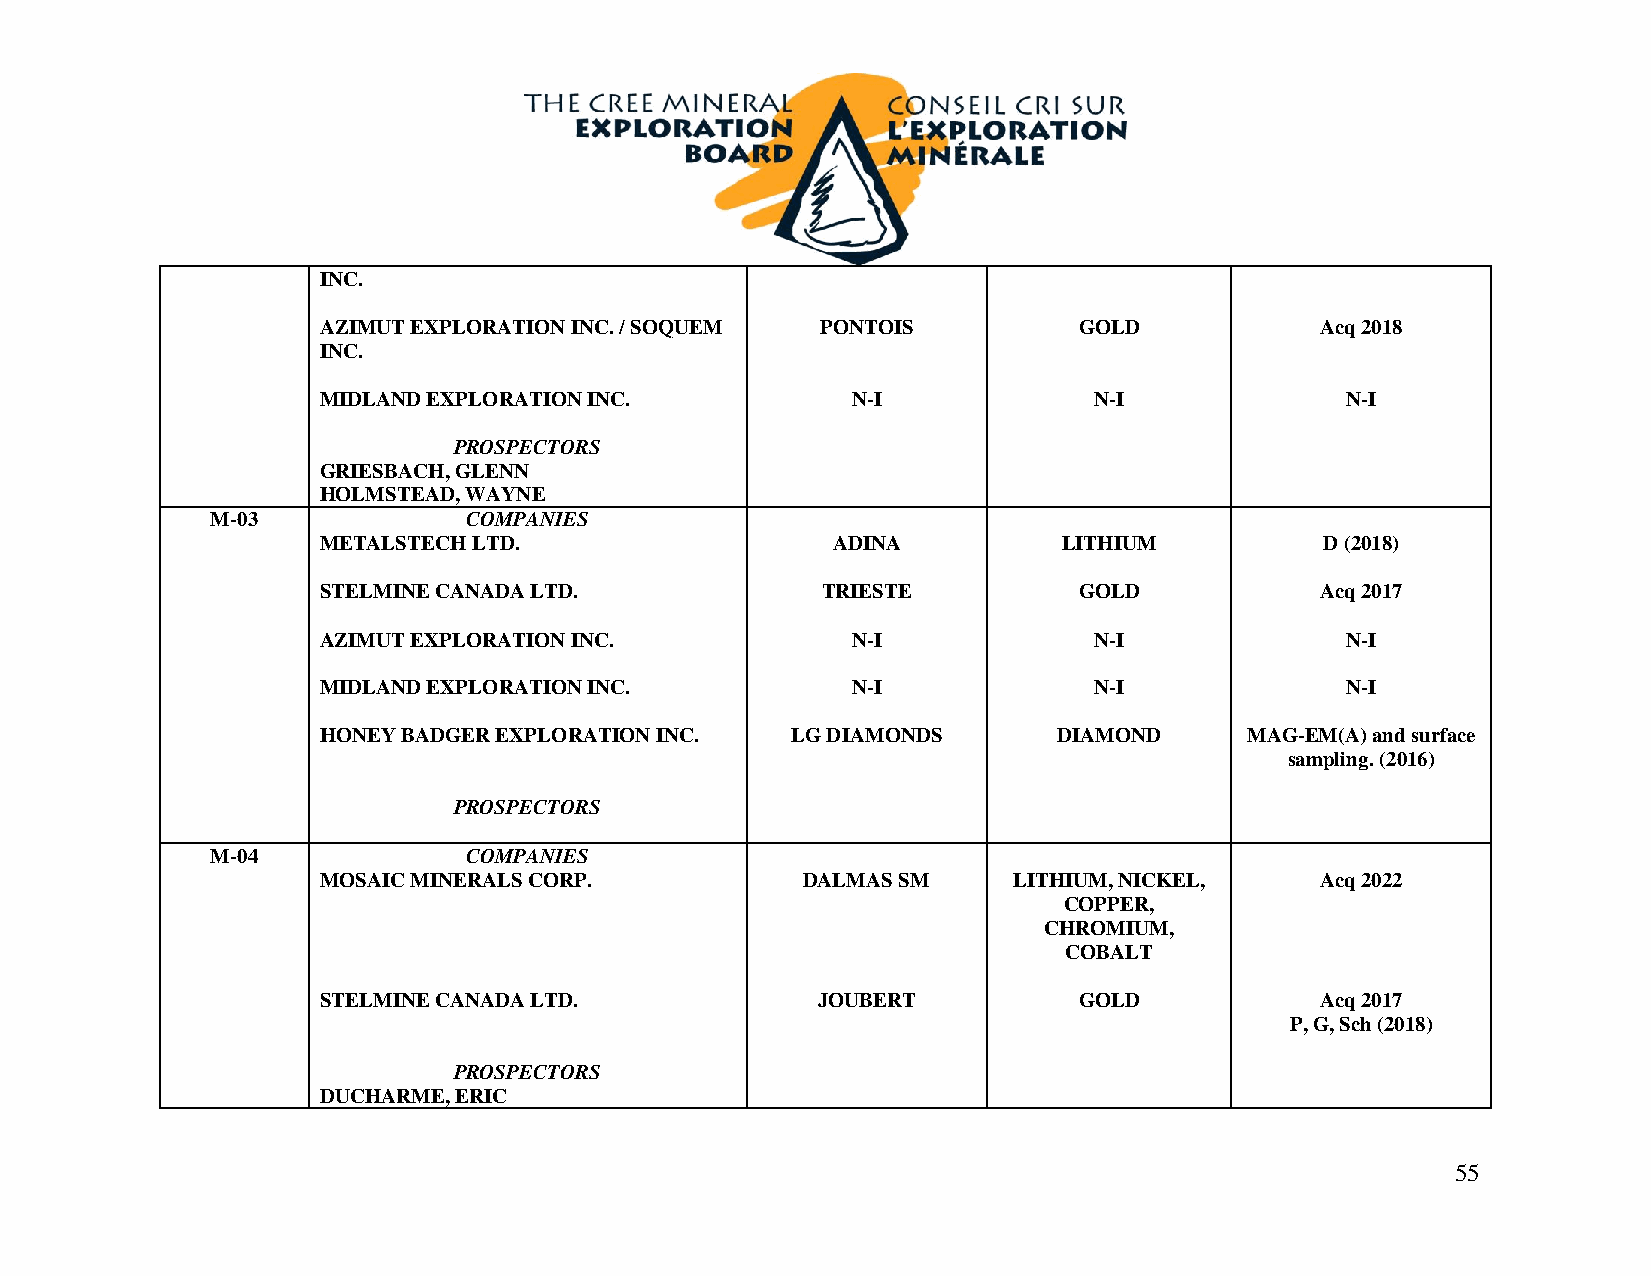
INC.
 AZIMUT EXPLORATION INC. / SOQUEM PONTOIS          GOLD            Acq 2018
 INC.
 MIDLAND EXPLORATION INC.           N-I             N-I              N-I
 PROSPECTORS
 GRIESBACH, GLENN
 HOLMSTEAD, WAYNE
 M-03             COMPANIES
 METALSTECH LTD.                   ADINA          LITHIUM           D (2018)
 STELMINE CANADA LTD.             TRIESTE          GOLD            Acq 2017
 AZIMUT EXPLORATION INC.            N-I             N-I              N-I
 MIDLAND EXPLORATION INC.           N-I             N-I              N-I
 HONEY BADGER EXPLORATION INC.  LG DIAMONDS       DIAMOND     MAG-EM(A) and surface
 sampling. (2016)
 PROSPECTORS
 M-04             COMPANIES
 MOSAIC MINERALS CORP.           DALMAS SM     LITHIUM, NICKEL,    Acq 2022
 COPPER,
 CHROMIUM,
 COBALT
 STELMINE CANADA LTD.             JOUBERT          GOLD            Acq 2017
 P, G, Sch (2018)
 PROSPECTORS
 DUCHARME, ERIC
 55